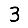
Digit: 3